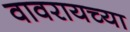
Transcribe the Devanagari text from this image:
वावरायच्या